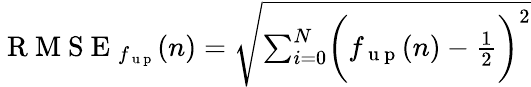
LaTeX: \begin{array}{r}{\mathrm{~R~M~S~E~}_{f_{\mathrm{~u~p~}}}(n)=\sqrt{\sum_{i=0}^{N}\biggl(f_{\mathrm{~u~p~}}(n)-\frac{1}{2}\biggr)^{2}}}\end{array}